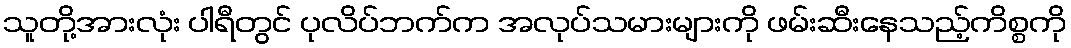
သူတို့အားလုံး ပါရီတွင် ပုလိပ်ဘက်က အလုပ်သမားများကို ဖမ်းဆီးနေသည့်ကိစ္စကို